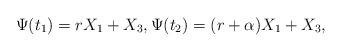
LaTeX: \begin{align*}\Psi(t_1) = r X_1+X_3,\Psi(t_2) = (r+\alpha) X_1 +X_3,\end{align*}